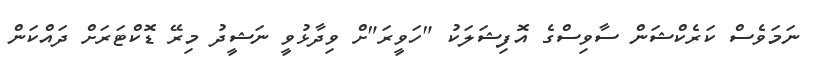
ނަމަވެސް ކަރެކްޝަން ސާވިސްގެ އޮފިޝަލަކު "ހަވީރަ"ށް ވިދާޅުވީ ނަޝީދު މިރޭ ޑޮކްޓަރަށް ދައްކަން